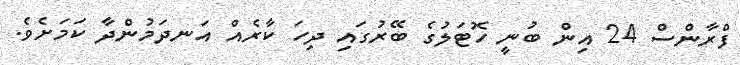
ފްރާންސް 24 އިން ބުނީ ހޮޓަލުގެ ބޭރުގައި ދިހަ ކާރެއް އަނދަމުންދާ ކަމަށެވެ.